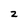
Character: z